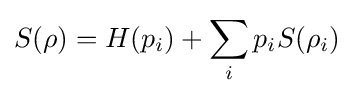
S(\rho )=H(p_{i})+\sum _{i}p_{i}S(\rho _{i})